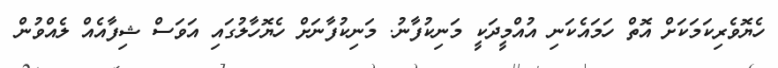
ހެޔޮވެރިކަމަކަށް އޮތް ހަމައެކަނި އުއްމީދަކީ މަނިކުފާނު. މަނިކުފާނަށް ހެޔޮހާލުގައި އަވަސް ޝިފާއެއް ލެއްވުން